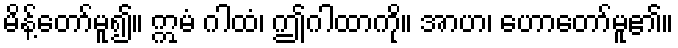
မိန့်တော်မူ၍။ ဣမံ ဂါထံ၊ ဤဂါထာကို။ အာဟ၊ ဟောတော်မူ၏။